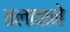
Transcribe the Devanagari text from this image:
तलावाने